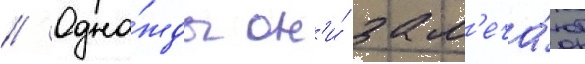
// Одна́жды он'и́ зам'еча́ют